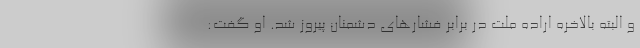
و البته بالاخره اراده ملت در برابر فشارهای دشمنان پیروز شد. او گفت: